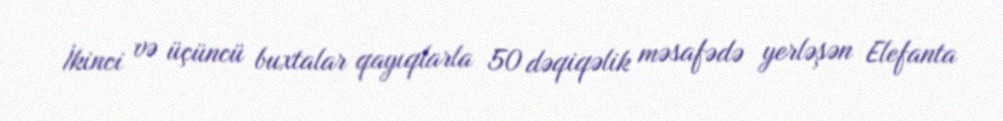
İkinci və üçüncü buxtalar qayıqlarla 50 dəqiqəlik məsafədə yerləşən Elefanta